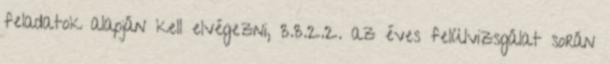
feladatok alapján kell elvégezni, 3.3.2.2. az éves felülvizsgálat során